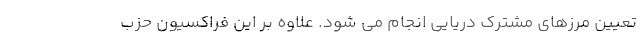
تعیین مرزهای مشترک دریایی انجام می شود. علاوه بر این فراکسیون حزب